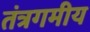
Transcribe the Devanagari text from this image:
तंत्रगमीय